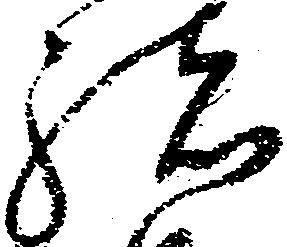
緒